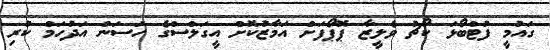
ގައުމީ ފުޓްބޯޅަ ކޯޗު ވެލީޒާ ޕޮޕޯފަށް އަމާޒުކޮށް އީގަލްސްގެ ހަސަން އަދުހަމް ކުރި